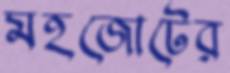
মহজোটের